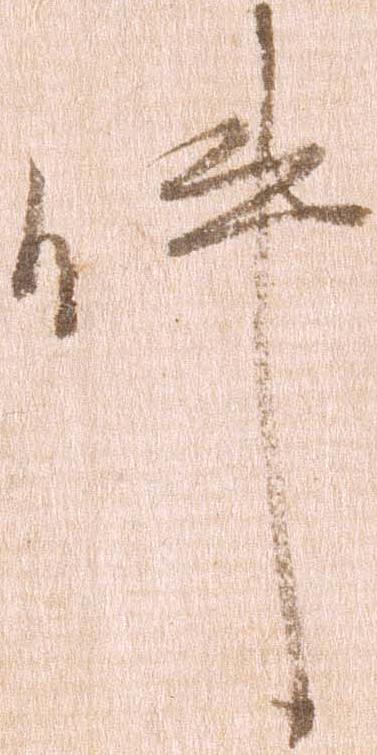
件